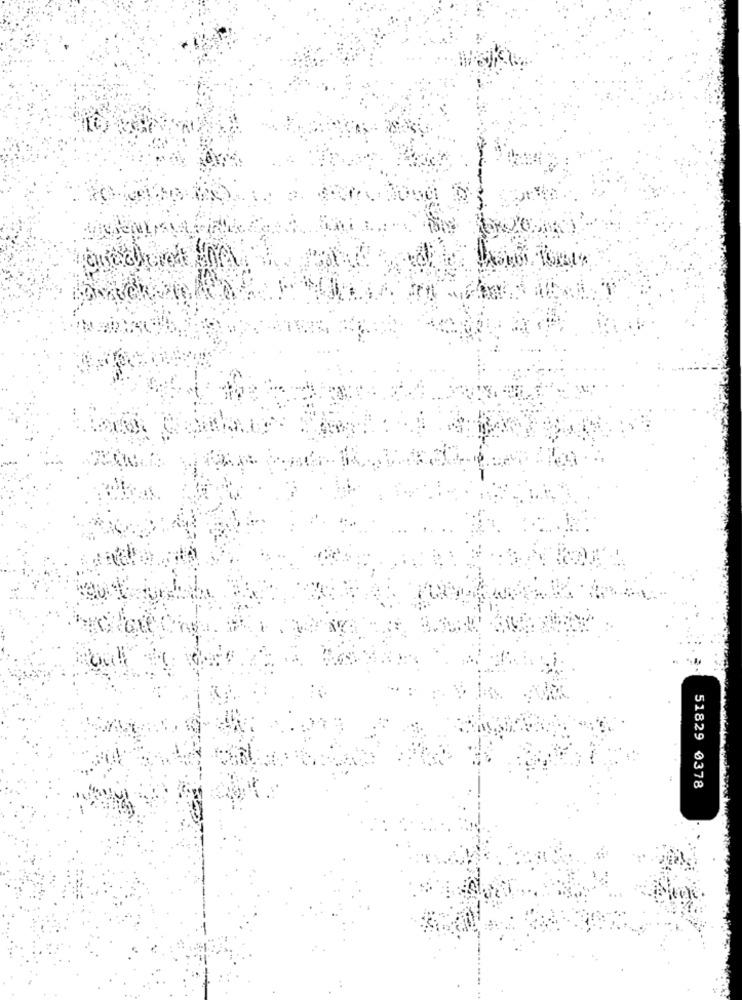
51829 0378